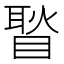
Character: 𥉔